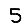
Digit: 5